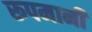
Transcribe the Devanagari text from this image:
रूपमानी